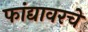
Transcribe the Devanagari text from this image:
फांद्यावरचे